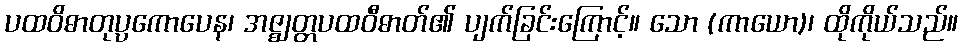
ပထဝိဓာတုပ္ပကောပေန၊ အဇ္ဈတ္တပထဝီဓာတ်၏ ပျက်ခြင်းကြောင့်။ သော (ကာယော)၊ ထိုကိုယ်သည်။